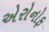
એરોનોફ